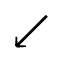
\swarrow